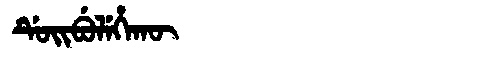
Manchu: ᡩᡠᡳᠪᡠᠯᡝᡥᠠᡴᡡ
Romanization: DUIBULEHAKŪ